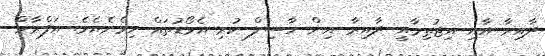
ދާއިރާ އާއި އިޖުތިމާއީ ދާއިރާ އިން ހާސިލް ކުރި އެވޯޑުތައް ހިމެނެއެވެ. އަފްރާހް